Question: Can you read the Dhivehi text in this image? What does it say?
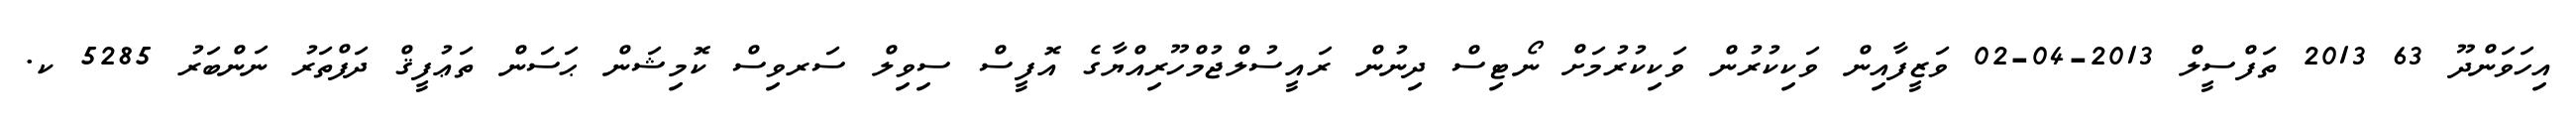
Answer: އިހަވަންދޫ 63 2013 ތަފްސީލް 2013-04-02 ވަޒީފާއިން ވަކިކުރުން ވަކިކުރުމަށް ނޯޓިސް ދިނުން ރައީސުލްޖުމްހޫރިއްޔާގެ އޮފީސް ސިވިލް ސަރވިސް ކޮމިޝަން ޙަސަން ތަޢުފީޤް ދަފްތަރު ނަންބަރު 5285 ކ.